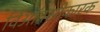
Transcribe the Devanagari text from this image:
विऑक्सीकारक